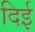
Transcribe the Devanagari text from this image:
दिई